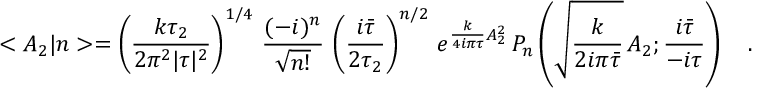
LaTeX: < A _ { 2 } | n > = \left( \frac { k \tau _ { 2 } } { 2 \pi ^ { 2 } | \tau | ^ { 2 } } \right) ^ { 1 / 4 } \, \frac { ( - i ) ^ { n } } { \sqrt { n ! } } \, \left( \frac { i \bar { \tau } } { 2 \tau _ { 2 } } \right) ^ { n / 2 } \, e ^ { \frac { k } { 4 i \pi \tau } A _ { 2 } ^ { 2 } } \, P _ { n } \left( \sqrt { \frac { k } { 2 i \pi \bar { \tau } } } \, A _ { 2 } ; \frac { i \bar { \tau } } { - i \tau } \right) \ \ \ .